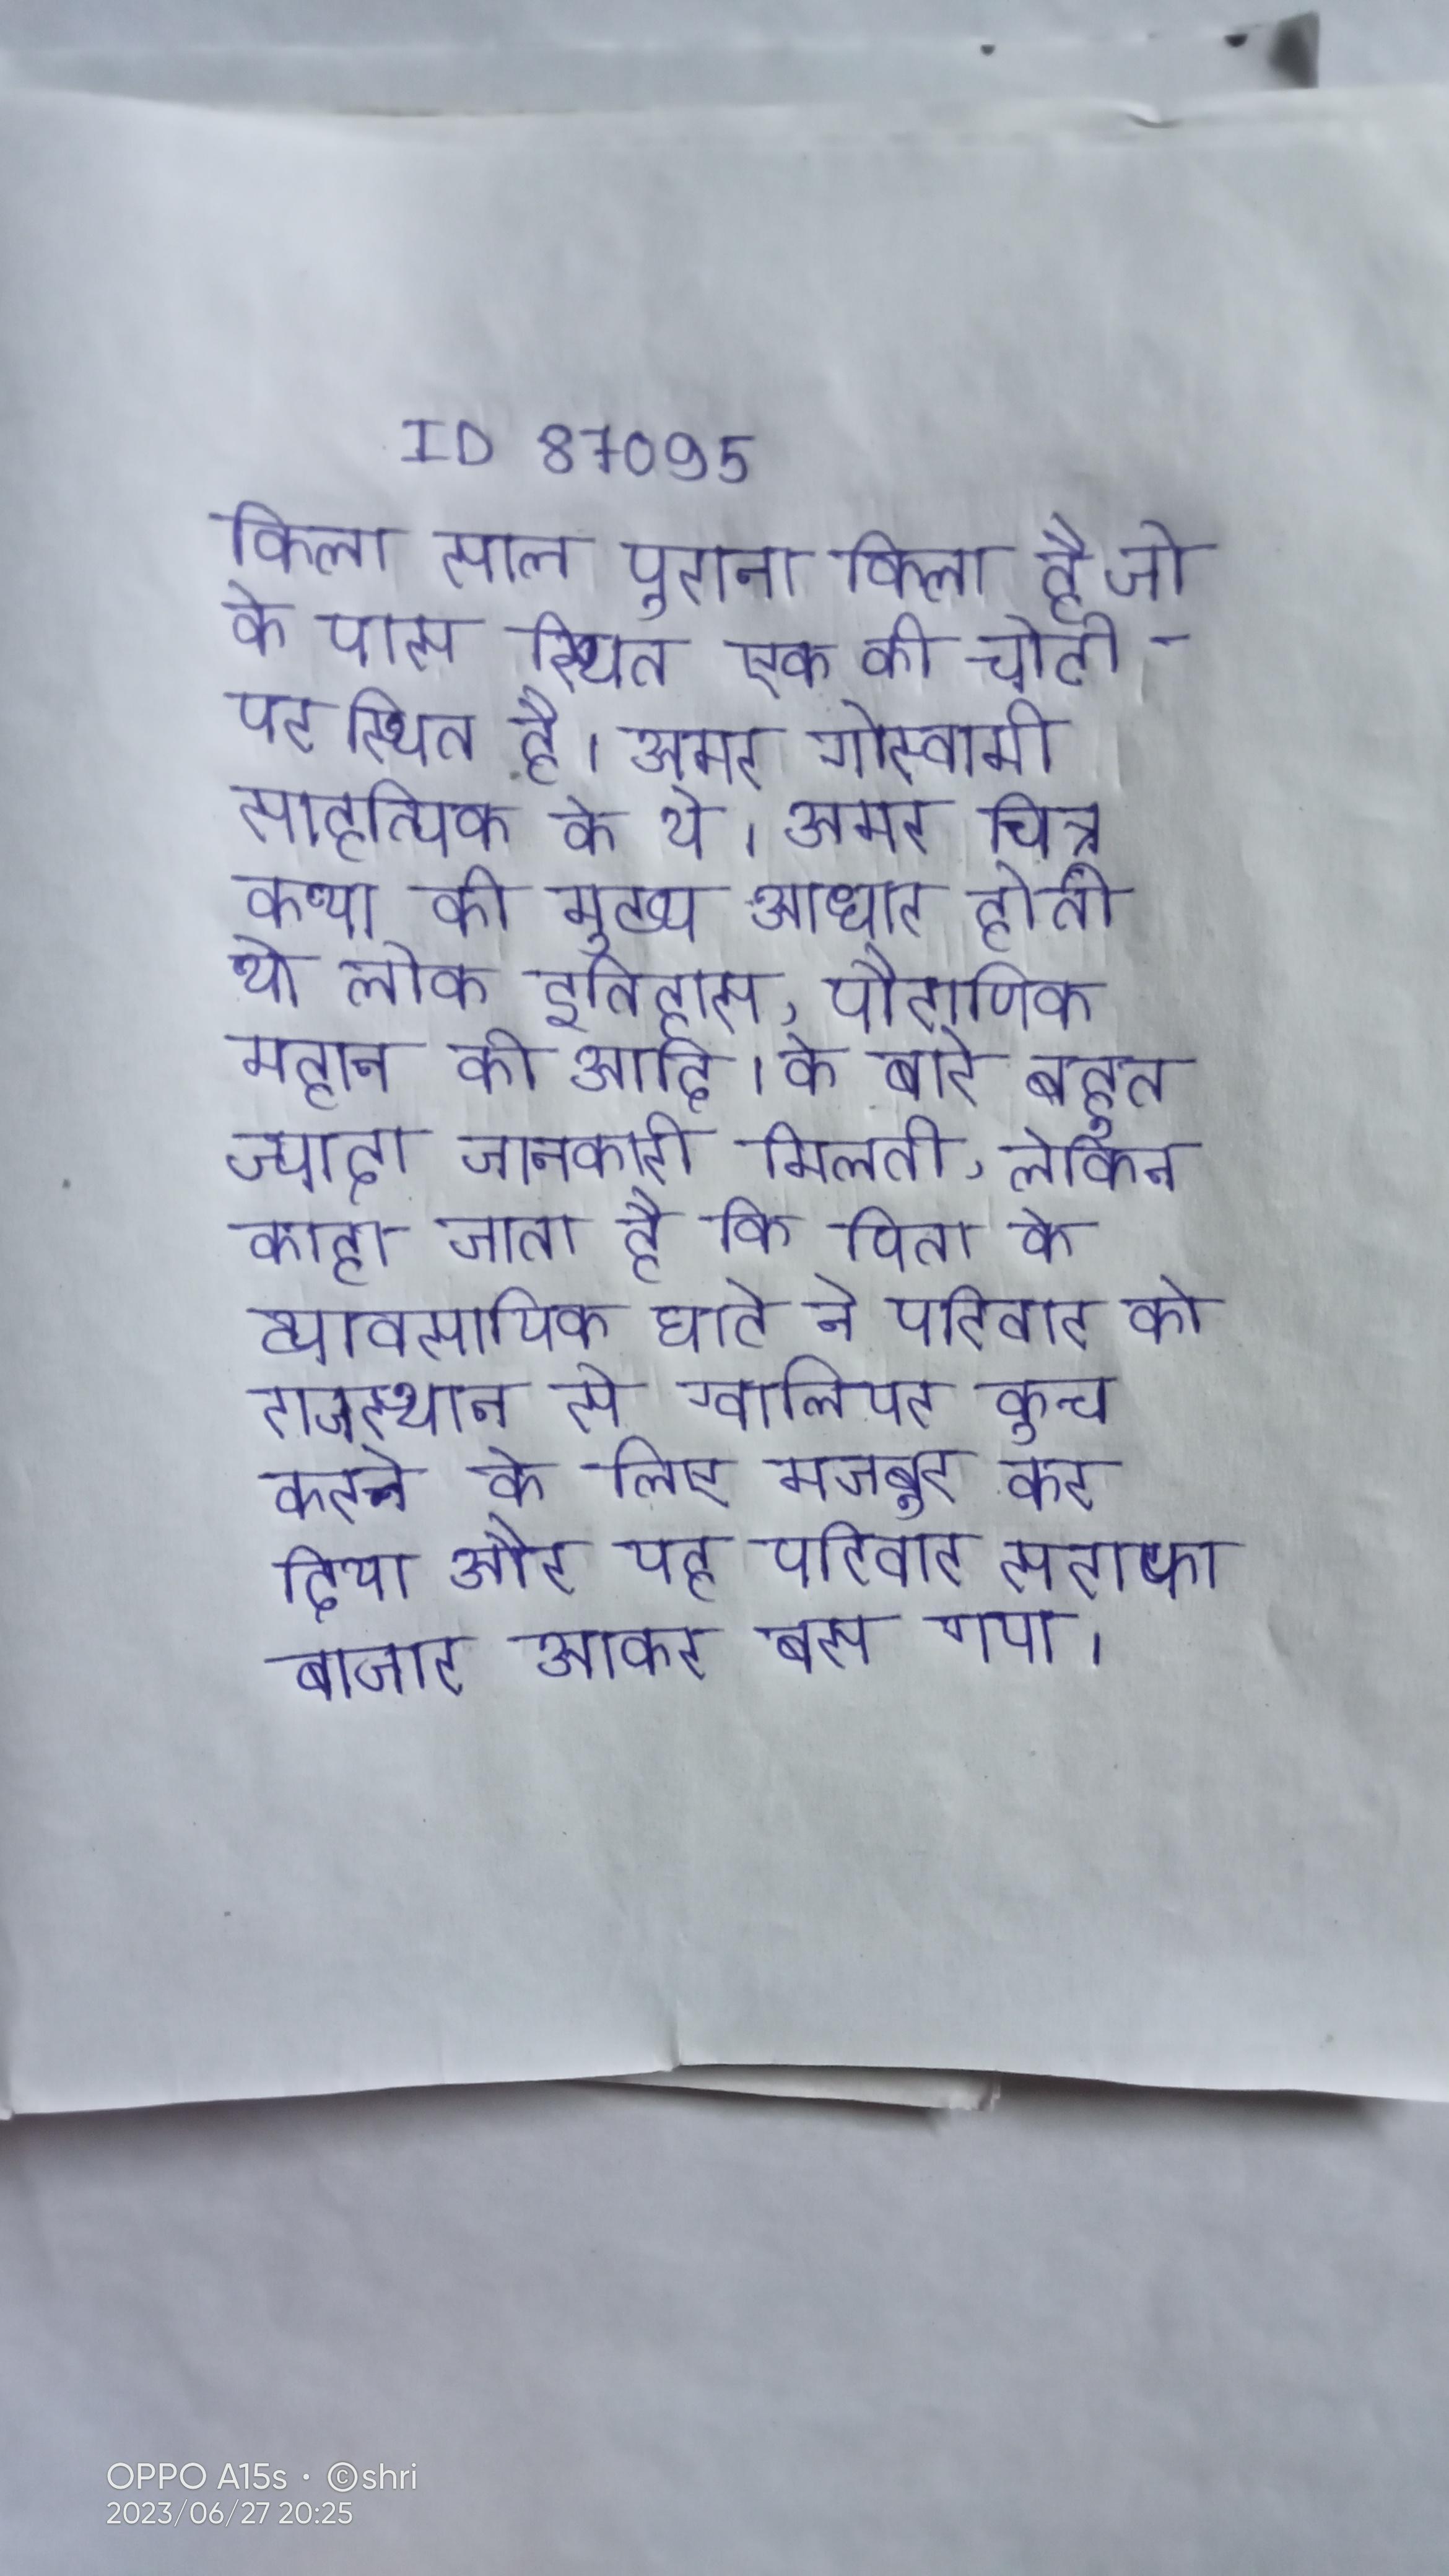
किला साल पुराना किला है जो के पास स्थित एक की चोटी पर स्थित है । अमर गोस्वामी साहत्यिक के थे । अमर चित्र कथा की मुख्य आधार होती थी लोक इतिहास, पौराणिक महान की आदि । के बारे बहुत ज्यादा जानकारी मिलती, लेकिन कहा जाता है कि पिता के व्यावसायिक घाटे ने परिवार को राजस्थान से ग्वालियर कूच करने के लिए मजबूर कर दिया और यह परिवार सराफा बाजार आकर बस गया ।